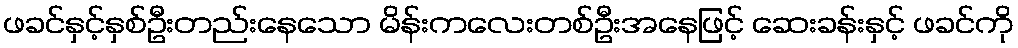
ဖခင်နှင့်နှစ်ဦးတည်းနေသော မိန်းကလေးတစ်ဦးအနေဖြင့် ဆေးခန်းနှင့် ဖခင်ကို